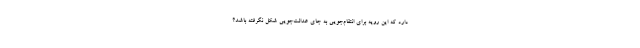
دارد که این رویه برای انتقام‌جویی به جای عدالت‌جویی شکل نگرفته باشد؟